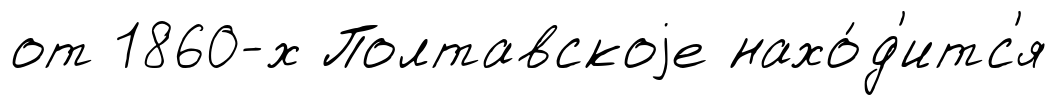
от 1860-х Полтавскоjе нахо́д'итс'я